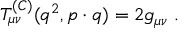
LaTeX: T _ { \mu \nu } ^ { ( C ) } ( q ^ { 2 } , p \cdot q ) = 2 g _ { \mu \nu } \ .